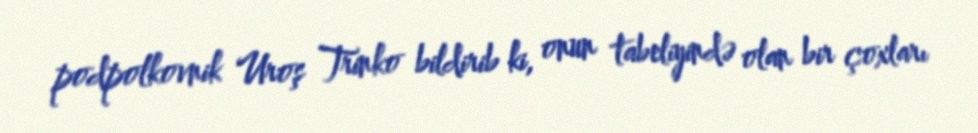
podpolkovnik Uroş Trinko bildirib ki, onun tabeliyində olan bir çoxları